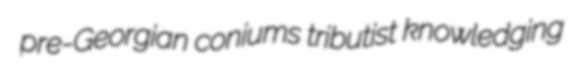
pre-Georgian coniums tributist knowledging